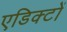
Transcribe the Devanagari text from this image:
एडिक्टों